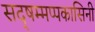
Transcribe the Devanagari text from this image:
सद्षम्मप्पकासिनी